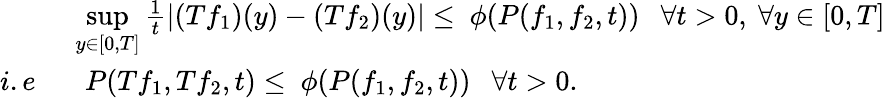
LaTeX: \begin{array}{rl}&{~\underset{y\in[0,T]}{\operatorname*{sup}}\frac{1}{t}|(Tf_{1})(y)-(Tf_{2})(y)|\leq~\phi(P(f_{1},f_{2},t))~~~\forall t>0,~\forall y\in[0,T]}\\ {i.e}&{~~~P(Tf_{1},Tf_{2},t)\leq~\phi(P(f_{1},f_{2},t))~~~\forall t>0.}\end{array}